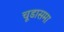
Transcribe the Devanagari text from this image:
चूडासमा